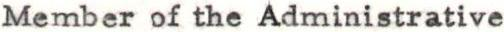
Member of the Administrative